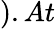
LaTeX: ).At